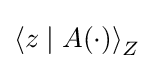
\left\langle z\mid A(\cdot )\right\rangle _{Z}